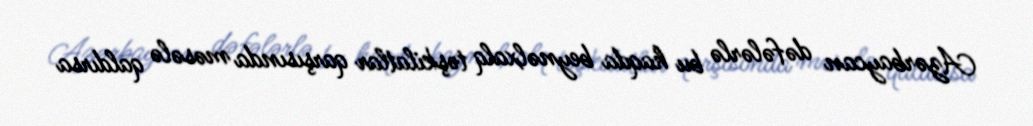
Azərbaycan dəfələrlə bu haqda beynəlxalq təşkilatlar qarşısında məsələ qaldırsa